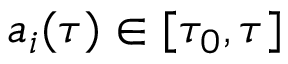
a _ { i } ( \tau ) \in [ \tau _ { 0 } , \tau ]